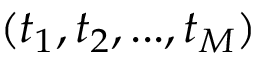
( t _ { 1 } , t _ { 2 } , . . . , t _ { M } )